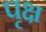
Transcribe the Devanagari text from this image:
पृक्ष